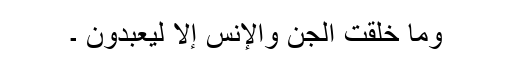
وَمَا خَلَقْتُ الْجِنَّ وَالْإِنسَ إِلَّا لِيَعْبُدُونِ ۔